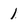
Character: 1